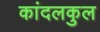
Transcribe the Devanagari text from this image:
कांदलकुल